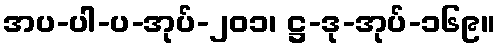
အပ-ပါ-ပ-အုပ်-၂၀၁၊ ဋ္ဌ-ဒု-အုပ်-၁၆၉။